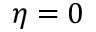
\eta = 0